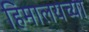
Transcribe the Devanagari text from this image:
हिमालयच्या